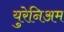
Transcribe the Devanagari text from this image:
युरेनिअम